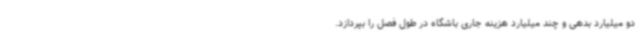
دو میلیارد بدهی و چند میلیارد هزینه جاری باشگاه در طول فصل را بپردازد.